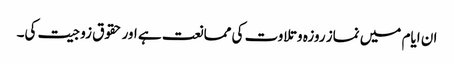
ان ایام میں نماز روزہ وتلاوت کی ممانعت ہے اور حقوق زوجیت کی۔